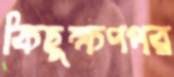
কিছুক্ষণপর